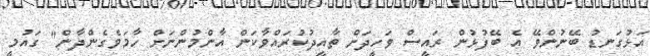
އަޅުގަނޑު ބޭނުންވޭ އެ ބޭފުޅުން ރައީސް ވަހީދަށް ތާއީދުކުރައްވާކަން އާންމުންނަށް ހާމަވެގެންދާން" ގައުމީ